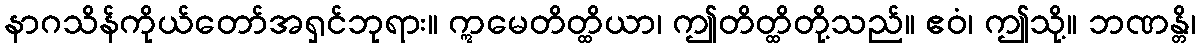
နာဂသိန်ကိုယ်တော်အရှင်ဘုရား။ ဣမေတိတ္ထိယာ၊ ဤတိတ္ထိတို့သည်။ ဧဝံ၊ ဤသို့။ ဘဏန္တိ၊